Scottish Leaving Certificate Examination, 1961
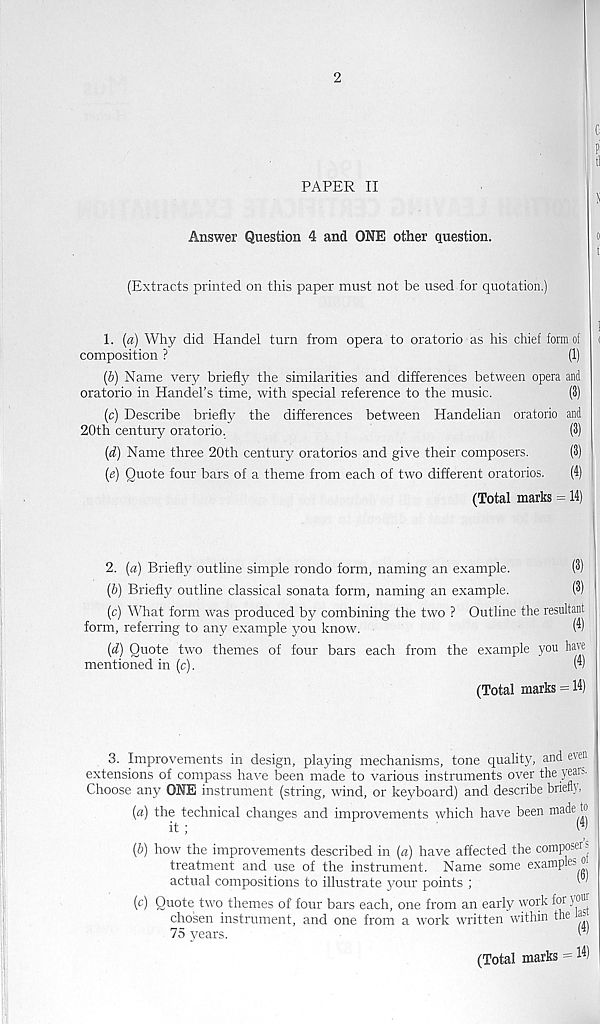
2
e
PAPER II
Answer Question 4 and ONE other question.
(Extracts printed on this paper must not be used for quotation.)
1. (a) Why did Handel turn from opera to oratorio as his chief form of (
composition ?
(1)
(b) Name very briefly the similarities and differences between opera and
oratorio in Handel’s time, with special reference to the music.
(3)
(c) Describe briefly the differences between Handelian oratorio and
20th century oratorio.
(3)
(d) Name three 20th century oratorios and give their composers.
(3)
(e) Quote four bars of a theme from each of two different oratorios.
(4)
(Total marks = 14)
2. (a) Briefly outline simple rondo form, naming an example.
(“) ■
(b) Briefly outline classical sonata form, naming an example.
(3)
(c) What form was produced by combining the two ? Outline the resultant
form, referring to an}' example you know.
(^)
(d) Quote two themes of four bars each from the example you have
mentioned in (c).
(v
(Total marks = 14)
3. Improvements in design, playing mechanisms, tone quality, and even
extensions of compass have been made to various instruments over the years.
Choose any ONE instrument (string, wind, or keyboard) and describe briefly>
(a) the technical changes and improvements which have been made
it ;
(b) how the improvements described in (a) have affected the composer s
treatment and use of the instrument. Name some examples °
actual compositions to illustrate your points ;
' '
(c) Quote two themes of four bars each, one from an early work for y ol '|
chosen instrument, and one from a work written within the as
75 years.
w
(Total marks = ^